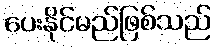
ပေးနိုင်မည်ဖြစ်သည်